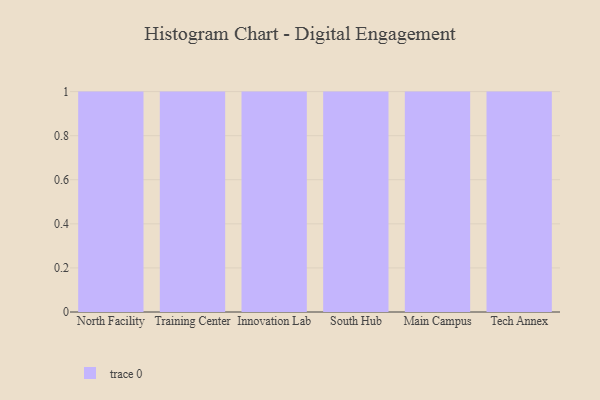
{"axis": {"x": "Campus", "y": "Production Output"}, "legend": [""], "data": [{"x": "North Facility", "y": 47, "type": ""}, {"x": "Training Center", "y": 56, "type": ""}, {"x": "Innovation Lab", "y": 24, "type": ""}, {"x": "South Hub", "y": 15, "type": ""}, {"x": "Main Campus", "y": 87, "type": ""}, {"x": "Tech Annex", "y": 96, "type": ""}]}